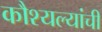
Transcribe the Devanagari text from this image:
कौश्यल्यांची